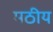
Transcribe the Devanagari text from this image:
मठीय